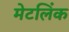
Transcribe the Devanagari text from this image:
मेटलिंक